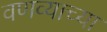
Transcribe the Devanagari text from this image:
वणव्याच्या